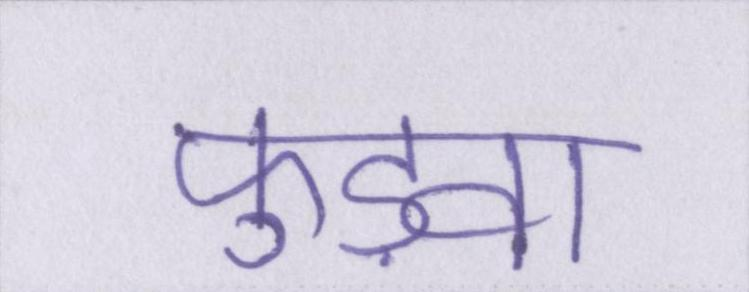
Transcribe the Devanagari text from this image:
फुड़वा